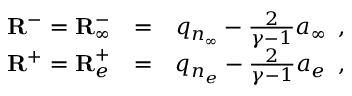
\begin{array} { r l r } { { \mathbf { R } ^ { - } = { \mathbf { R } } _ { \infty } ^ { - } } } & { { } { = } } & { { q _ { n _ { \infty } } - \frac { 2 } { \gamma - 1 } a _ { \infty } \, \mathrm { ~ , ~ } } } \\ { { \mathbf { R } ^ { + } = { \mathbf { R } } _ { e } ^ { + } } } & { { } { = } } & { { q _ { n _ { e } } - \frac { 2 } { \gamma - 1 } a _ { e } \, \mathrm { ~ , ~ } } } \end{array}